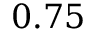
0 . 7 5